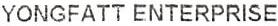
YONGFATT ENTERPRISE